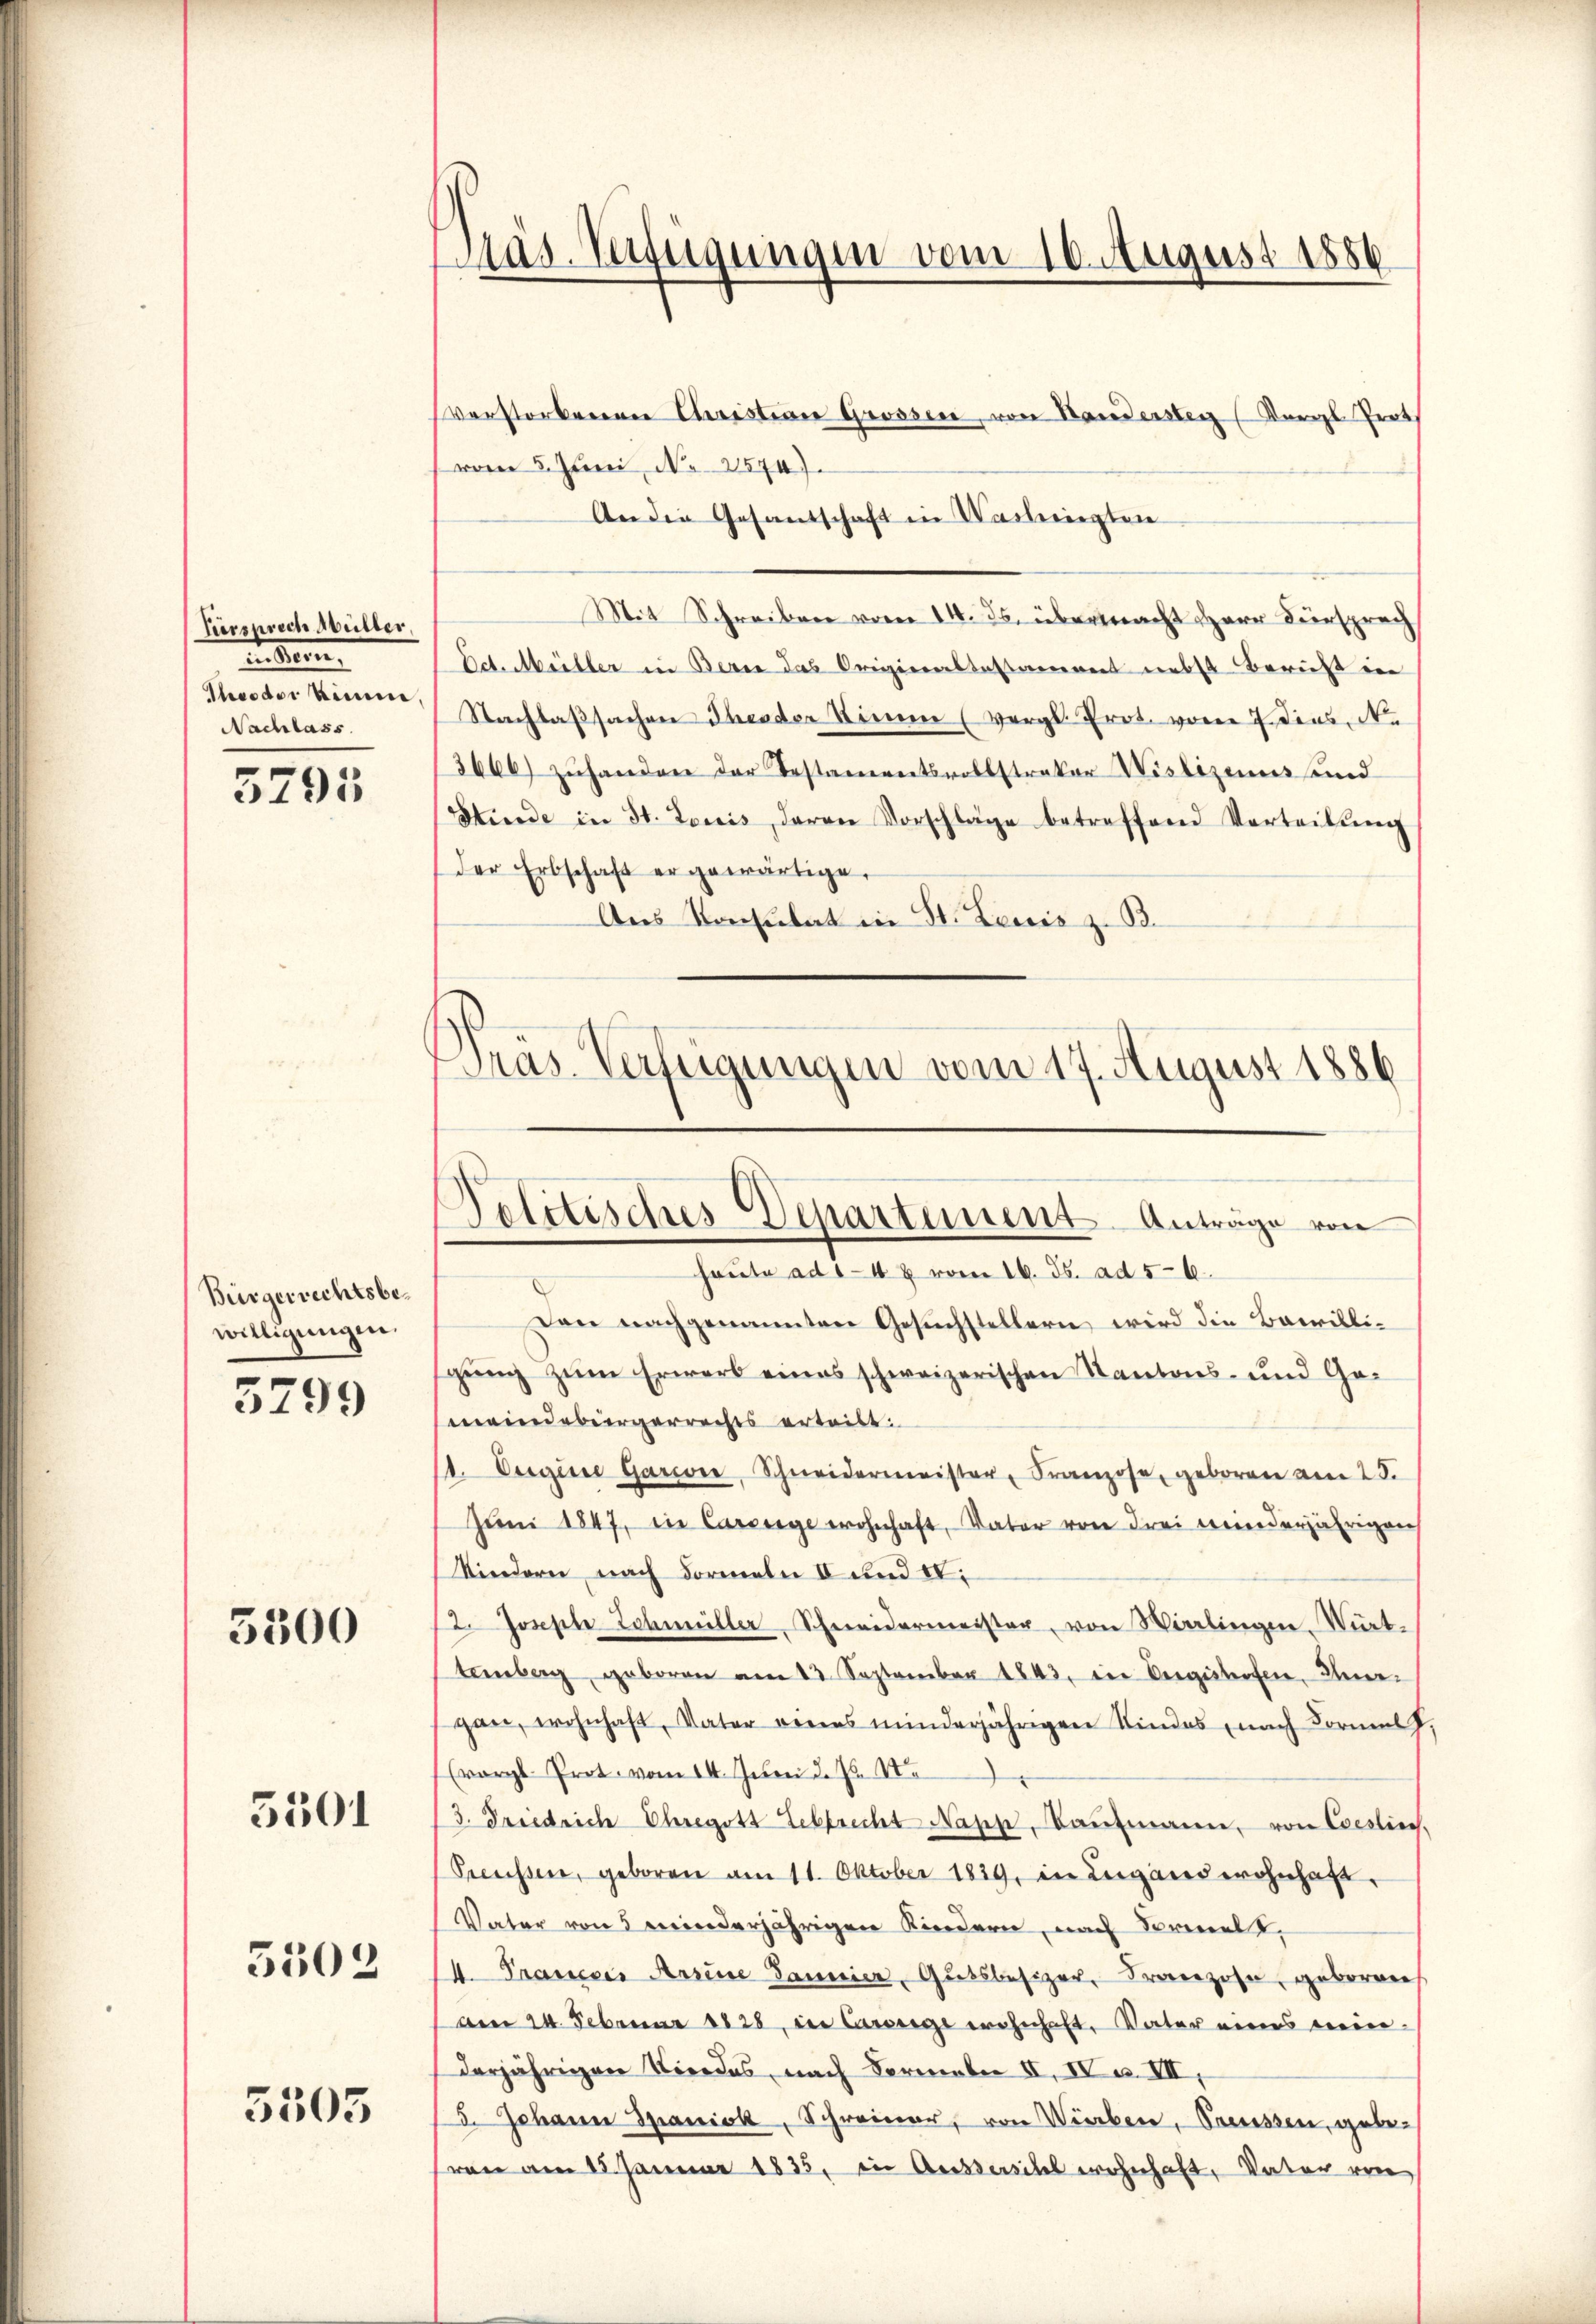
Fürsprech Müller,
in der
Theodor könne,
Nachlass
5295

Bürgerrechtsbewilligungen.
3799

5300

5501

5503

5503

Päs-Verfügungen vom 10. August 1886

verstorbenen Christian Grossen, von Handersteg (Karl Prot
vom 5. Juni, N. 2574).
An die Gesandschaft in Washingten
Mit Schreiben vom 14. ds. übermacht HHerr Fürsprach
Ed. Müller in Berne das Origiernstestament nebst Bericht inn
Nachlaßsachen Theeder Sinne (vergl. Prot. vom 7 dies, N
3666) zŭhanden der Testamentsvollstraker Wislizeins und
Stinde in St. Louis, daran Vorschläge betreffend Vorteilŭng
der Erbschaft ergewärtige.
Aus Konsulat in St. Louis z. B.
Präs. Verfügungen vom 17. August 1886

Politisches Departement Anträge von
haute ad 1-4 & vom 16. ds. ad 5-6

Den nachgenannten Gesuchstellern, wird die Bewilligung zum Erwerb eines schweizerischen Kantons- und Gemeindebürgerrechts erteilt.
1. Eugine Gariore, Schneidermeister, Franzose, geboren am 25.
Jŭni 1847, in Careige wohnhaft, Vater von drei meinderjährigen
Kindern nach Formeln II und IV.
2. Joseph Schmüller, Schneidermeister, von Wierlingen-Wirt-
temberg geboren am 13. September 1843. in Bergeboten, Ungan, wohnhaft, Vater eines minderjährigen Kindes nach Formel,
(vergl. Prot. vom 14. Juni d. Js. No
/3. Friedrich Ehregott Leberecht Napp, Kaŭfmann, von Cessin.
Preussen, geboren am 11. Oktober 1829, in Lugand wohnhaft,
Vater von 5 winderjährigen Kindern, nach Formel,
14. Frauerer Arsene Jannier, Gutsbesizer, Franzose, geboren
Am 24. Februar 1828, in Cassege wohnhaft, Vater eines meinderjährigen Niedes, nach Formale II, IV u. VII,
5. Johann Spanick, Schreiner, von Wierben, Parissen, gebevon am 15. Januar 1835. in Aussersihl wohnhaft, Vater von